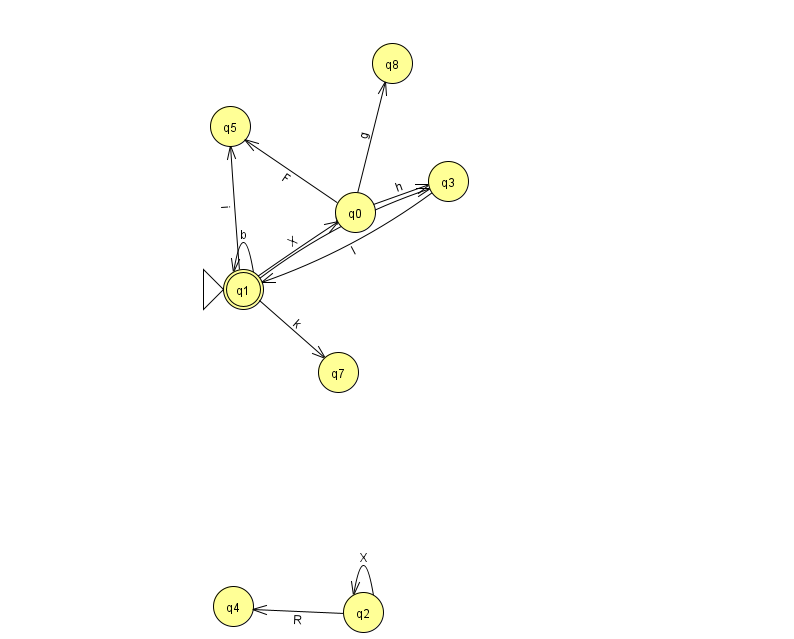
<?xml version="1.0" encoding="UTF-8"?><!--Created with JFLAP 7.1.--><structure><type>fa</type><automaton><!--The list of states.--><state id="0" name="q0"><x>355.0</x><y>199.0</y></state><state id="1" name="q1"><x>243.0</x><y>276.0</y><initial/><final/></state><state id="2" name="q2"><x>363.0</x><y>599.0</y></state><state id="3" name="q3"><x>448.0</x><y>168.0</y></state><state id="4" name="q4"><x>233.0</x><y>593.0</y></state><state id="5" name="q5"><x>230.0</x><y>113.0</y></state><state id="7" name="q7"><x>338.0</x><y>359.0</y></state><state id="8" name="q8"><x>392.0</x><y>50.0</y></state><!--The list of transitions.--><transition><from>1</from><to>7</to><read>k</read></transition><transition><from>1</from><to>1</to><read>b</read></transition><transition><from>1</from><to>3</to><read>A</read></transition><transition><from>0</from><to>5</to><read>F</read></transition><transition><from>2</from><to>4</to><read>R</read></transition><transition><from>2</from><to>2</to><read>X</read></transition><transition><from>0</from><to>8</to><read>g</read></transition><transition><from>1</from><to>5</to><read>i</read></transition><transition><from>1</from><to>0</to><read>X</read></transition><transition><from>0</from><to>3</to><read>h</read></transition><transition><from>3</from><to>1</to><read>l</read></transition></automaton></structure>